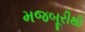
મજબૂરીથી